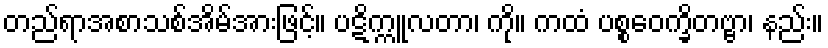
တည်ရာအစာသစ်အိမ်အားဖြင့်။ ပဋိက္ကူလတာ၊ ကို။ ကထံ ပစ္စဝေက္ခိတဗ္ဗာ၊ နည်း။